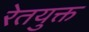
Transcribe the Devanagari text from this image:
रेतयुक्त